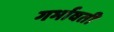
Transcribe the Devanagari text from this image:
गर्भावती